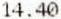
14.40